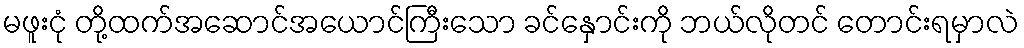
မဖူးငုံ တို့ထက်အဆောင်အယောင်ကြီးသော ခင်နှောင်းကို ဘယ်လိုတင် တောင်းရမှာလဲ